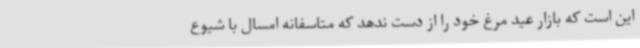
این است که بازار عید مرغ خود را از دست ندهد که متاسفانه امسال با شیوع